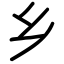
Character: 乡